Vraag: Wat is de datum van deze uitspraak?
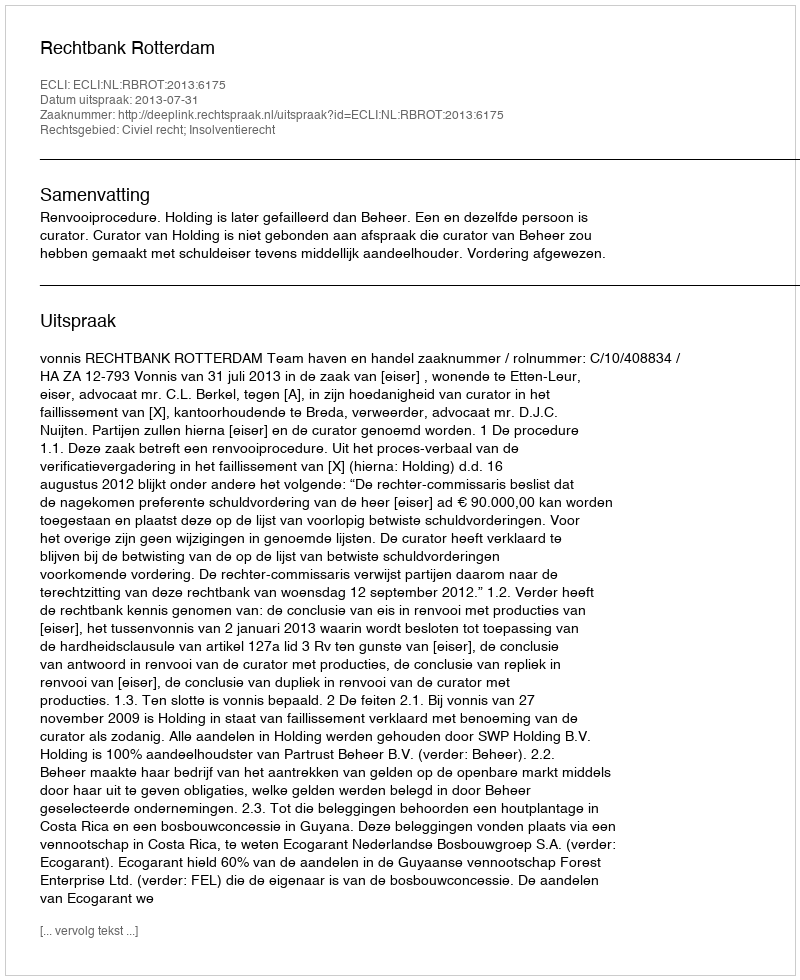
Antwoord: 2013-07-31